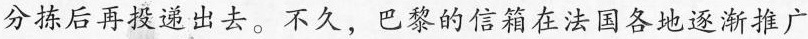
分拣后再投递出去。不久，巴黎的信箱在法国各地逐渐推广